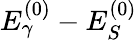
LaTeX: E_{\gamma}^{(0)}-E_{S}^{(0)}